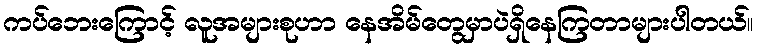
ကပ်ဘေးကြောင့် လူအများစုဟာ နေအိမ်တွေမှာပဲရှိနေကြတာများပါတယ်။